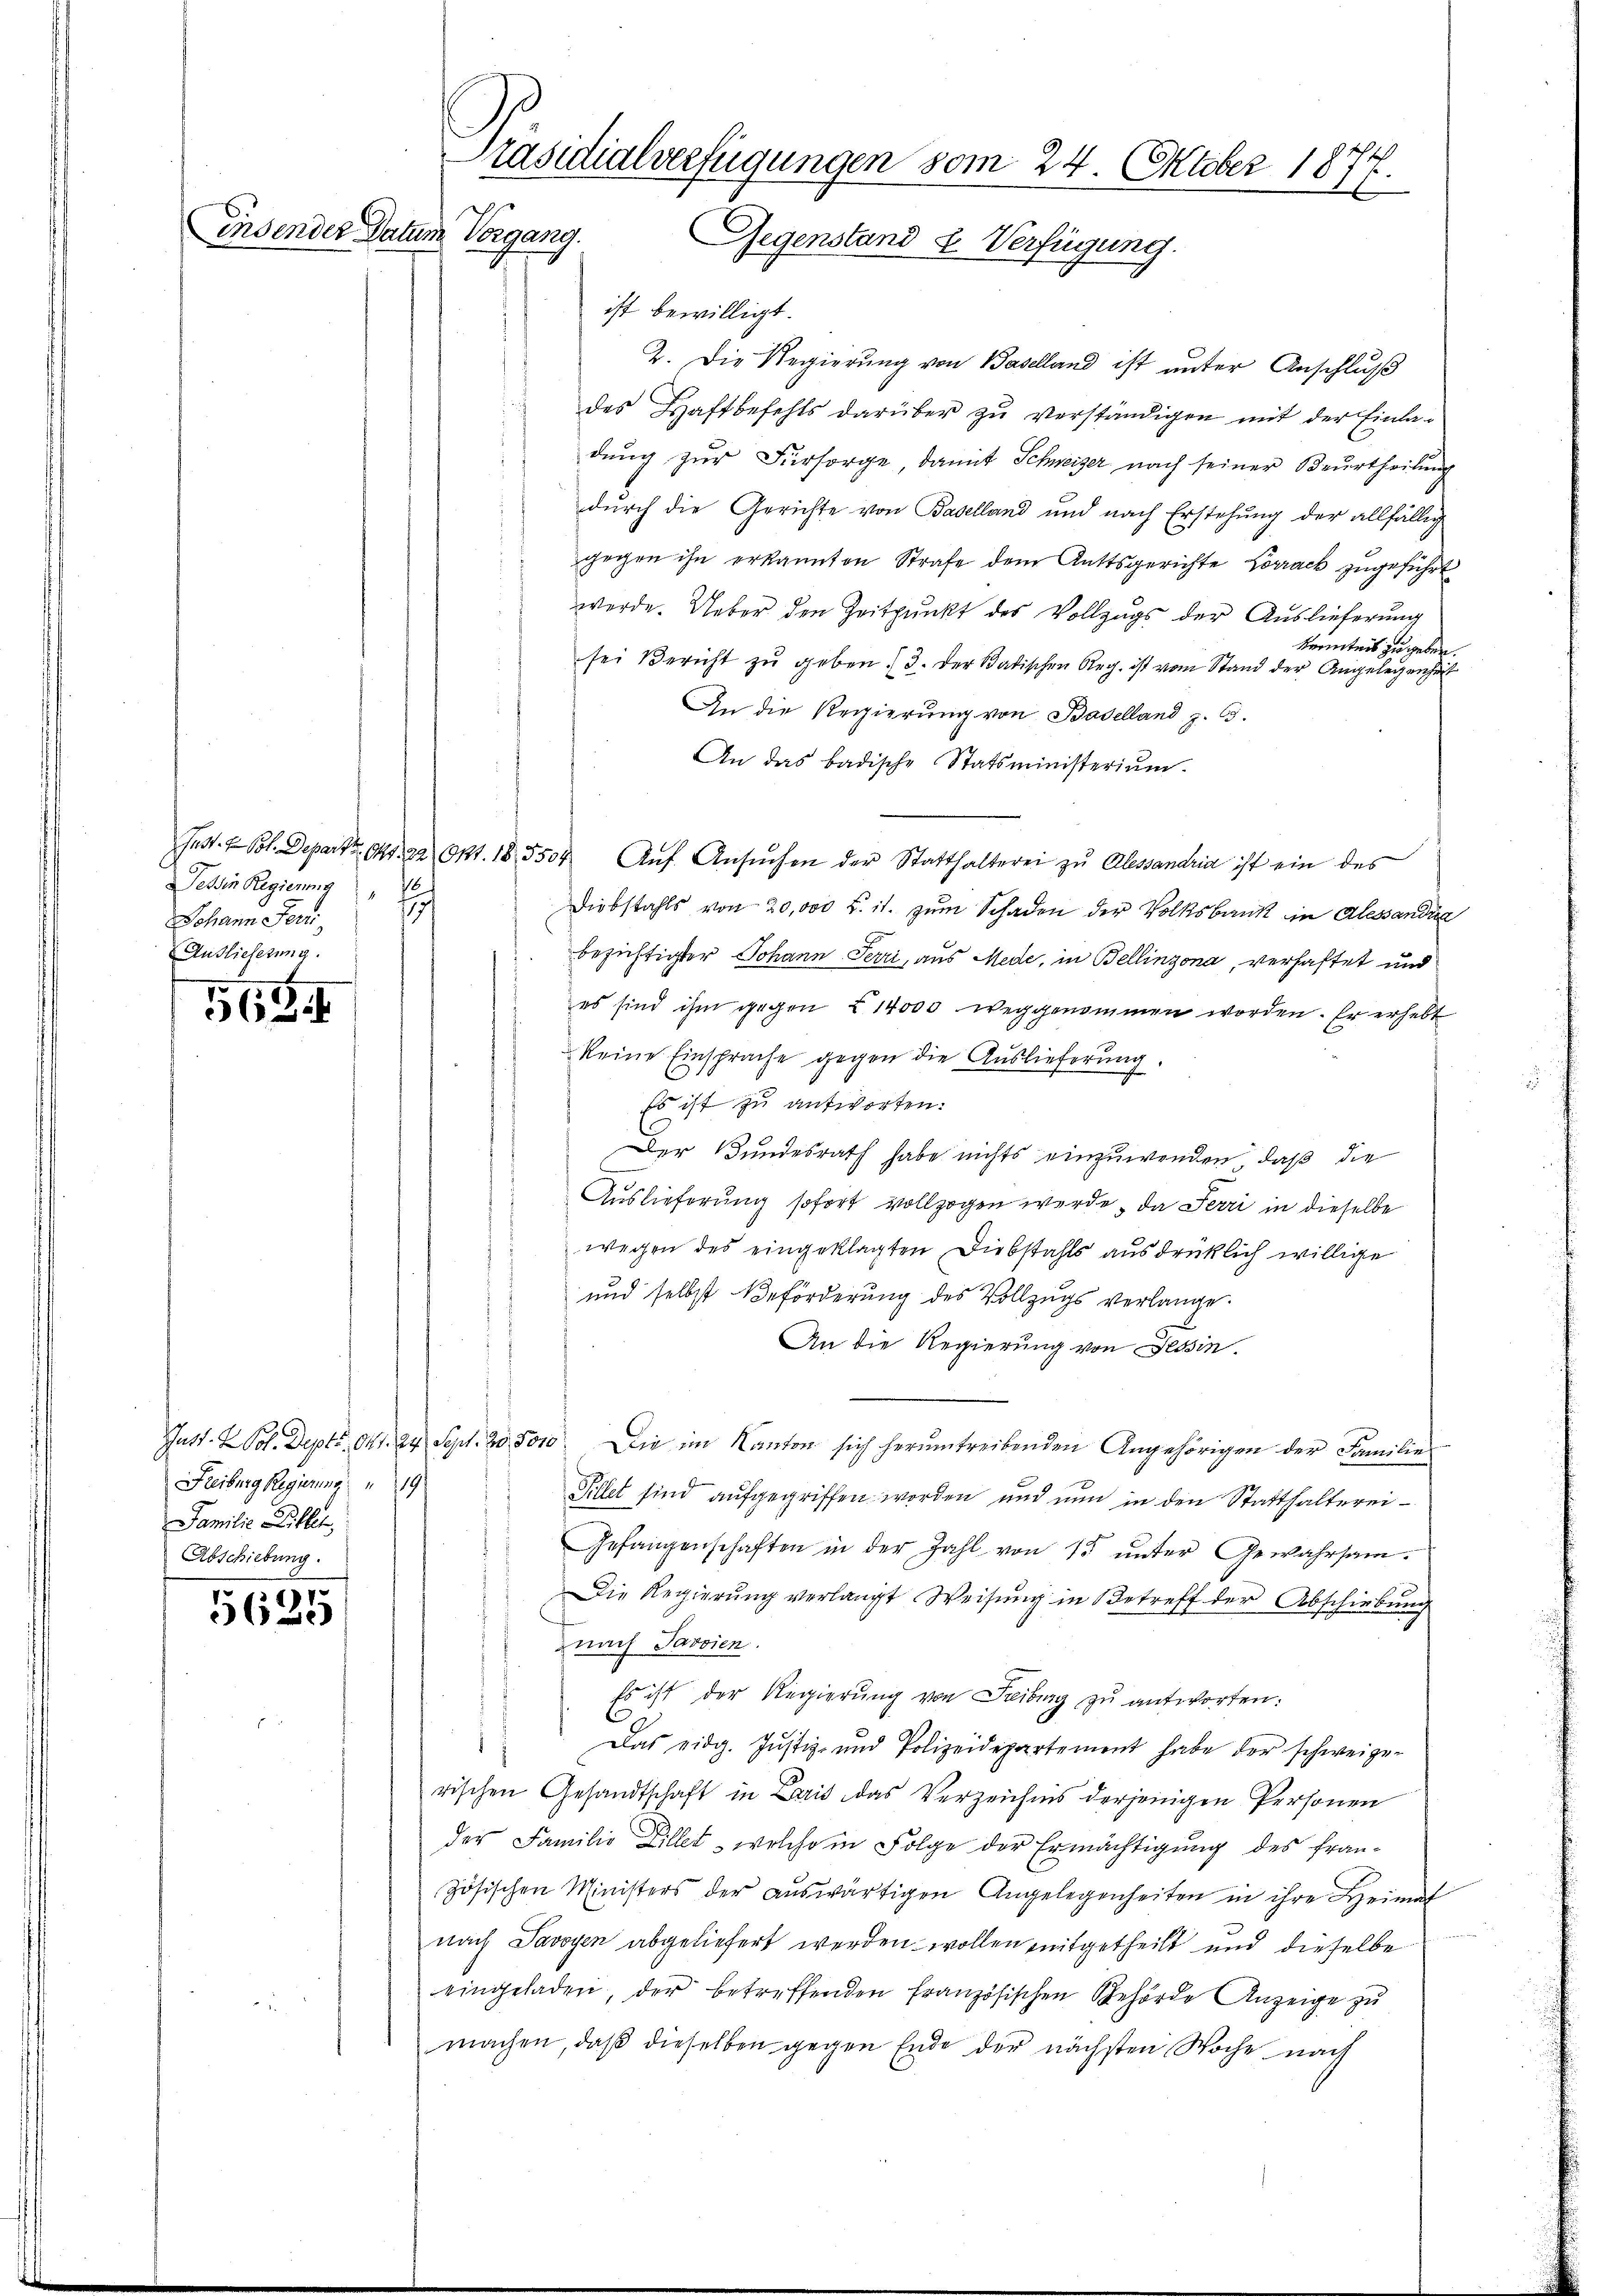
Ensender Datum

I
565.

5625

ist bewilligt.
2. Die Regierung von Baselland ist unter Anschluß
des Haftbefehls darüber zŭ verständigen mit der Einla-
dung zur Fürsorge, damit Schweizer nach seiner Beurtheilung
durch die Gerichte von Baselland und nach Erstehung der allfällig
gegen ihn erkannten Strafe dem Anttsgerichte Corrack zugeführt
werde. Ueber den Zeitpunkt des Vollzugs der Auslieferung
kenntnis zu geben.
sei Bericht zu geben 3. der Satischen Reg. ist vom Stand der Angelegenheit
An die Regierŭng von Baselland z. 65.
An das badische Statsministerium.
Jast. — Sol. Depart. 141. 22 Okt. 18,5504. Aŭf Ansŭchen der Statthalterei zu Alessanaria ist ein des
Diebstahls von 20,000 u. it. zŭm Schaden der Volksbaust in Alessandia
bezichtigter Johann Terri, aus Mede, in Bellinzona, verhaftet und
es sind ihm gegen § 14000 weggenommen worden. Er erhebt
keine Einsprache gegen die Auslieferŭng.
2
Es ist zu antworten.
Der Bundesrath habe nichts einzuwenden, daß die
Auslieferung sofort vollzogen werde, da Ferri in dieselbe
wegen des eingeklagten Diebstahls ausdrüklich willige
und selbst Beförderung des Vollzugs verlange.
An die Regierung von Tessin.
Just. 2 Pol. Deptr. Okt. 24. Sept. 20,8000. Die im Kanton sich herumtreibenden Angehörigen der Familie
1
Tillet sind aufgegriffen worden und nun in den Statthalterei¬
Gefangenschaften in der Zahl von 15 ŭnter Gewahrsam-
Die Regierŭng verlangt Weisŭng in Betreff der Abschiebung
nach Savoien.
Es ist der Regierŭng von Freiburg zŭ antworten:
Das eidg. Justiz- und Polizeidepartement habe der schweize-
rischen Gesandtschaft in Bais das Verzeichnis derjenigen Personen
der Familie Zillet, welche in Folge der Ermächtigung des fran-
zösischen Ministers der aŭswärtigen Angelegenheiten in ihre Heimat
nach Savoyen abgeliefert werden wollen mitgetheilt und dieselbe
eingeladen, der betreffenden französischen Behörde Anzeige zŭ
machen, daß dieselben gegen Ende der nächsten Woche nach

Tessin Regierung
f
177
Johann Feri
Auslieferung.

Freiburg Regierung
Familie Dillet,
Abschiebung.

Präsidialverfügungen vom 24. Oktober 187
1.
Vorgang. Gegenstand u. Verfügung.